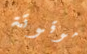
موقوتة